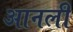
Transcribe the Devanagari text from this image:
आनली